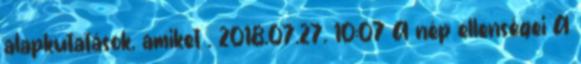
alapkutatások, amiket . 2018.07.27. 10:07 A nép ellenségei A